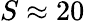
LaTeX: S\approx 20